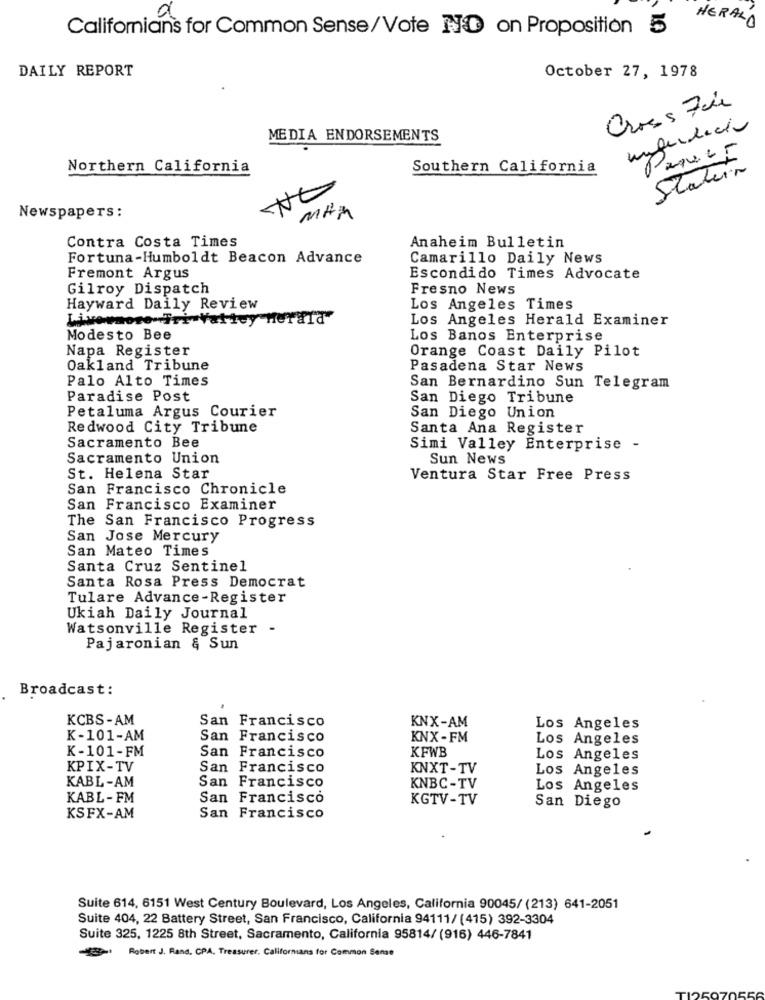
HERALD
Californians for Common Sense/Vote NO on Proposition 5
DAILY REPORT
October 27, 1978
Cross Fade
MEDIA ENDORSEMENTS
Northern California
Southern California
Statein
NO
Newspapers:
MAM
Contra Costa Times
Anaheim Bulletin
Fortuna-Humboldt Beacon Advance
Camarillo Daily News
Fremont Argus
Escondido Times Advocate
Gilroy Dispatch
Fresno News
Hayward Daily Review
Los Angeles Times
Vattcy
Herald"
Los Angeles Herald Examiner
Modesto Bee
Los Banos Enterprise
Napa Register
Orange Coast Daily Pilot
Oakland Tribune
Pasadena Star News
Palo Alto Times
San Bernardino Sun Telegram
Paradise Post
San Diego Tribune
Petaluma Argus Courier
San Diego Union
Redwood City Tribune
Santa Ana Register
Sacramento Bee
Simi Valley Enterprise -
Sacramento Union
Sun News
St. Helena Star
Ventura Star Free Press
San Francisco Chronicle
San Francisco Examiner
The San Francisco Progress
San Jose Mercury
San Mateo Times
Santa Cruz Sentinel
Santa Rosa Press Democrat
Tulare Advance-Register
Ukiah Daily Journal
Watsonville Register
Pajaronian & Sun
Broadcast:
KCBS-AM
San Francisco
KNX-AM
Los Angeles
K-101-AM
San Francisco
KNX-FM
Los Angeles
K-101-FM
San
KFWB
Francisco
Los Angeles
KPIX-TV
San Francisco
KNXT-TV
Los Angeles
KABL-AM
San Francisco
KNBC-TV
Los Angeles
KABL-FM
San Francisco
KGTV-TV
San Diego
KSFX-AM
San Francisco
Suite 614, 6151 West Century Boulevard, Los Angeles, California 90045/ (213) 641-2051
Suite 404, 22 Battery Street, San Francisco, California 94111/ (415) 392-3304
Suite 325, 1225 8th Street, Sacramento, California 95814/ (916) 446-7841
Robert J. Rand. CPA, Treasurer, Californians for Common Sense